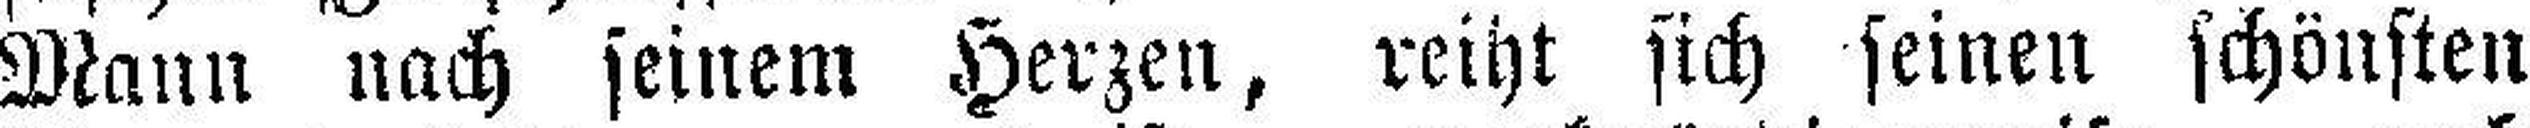
Mann nach seinem Herzen, reiht sich seinen schönsten